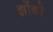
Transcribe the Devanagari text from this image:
झोंबरे